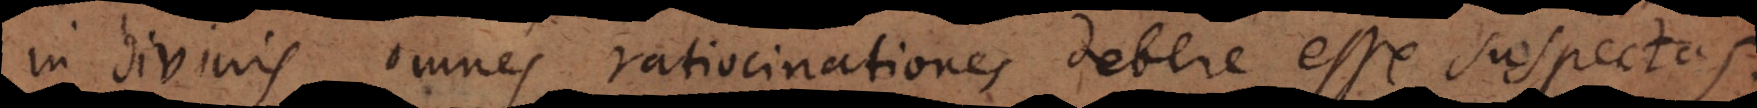
in divinis omnes ratiocinationes debere esse suspectas.